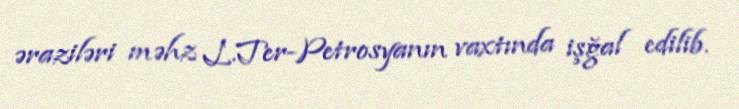
əraziləri məhz L.Ter-Petrosyanın vaxtında işğal edilib.